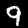
Label: 9